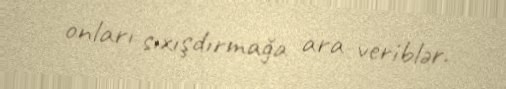
onları sıxışdırmağa ara veriblər.